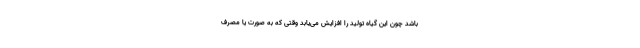
باشد چون این گیاه تولید را افزایش می‌یابد وقتی که به صورت یا مصرف